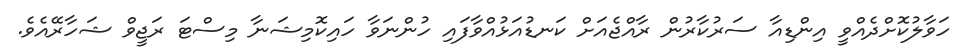
ހަވާލުކޮށްދެއްވީ އިންޑިއާ ސަރުކާރުން ރާއްޖެއަށް ކަނޑުއަޅުއްވާފައި ހުންނަވާ ހައިކޮމިޝަނާ މިސްޓަ ރަޖީވް ޝަހާރޭއެވެ.